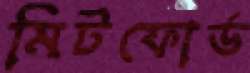
মিটফোর্ড